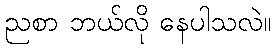
ညစာ ဘယ်လို နေပါသလဲ။